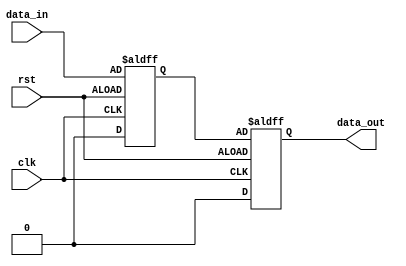
module IO_Buffer (
    input wire clk,
    input wire rst,
    input wire data_in,
    output reg data_out
);

reg buffer;

always @ (posedge clk or negedge rst) begin
    if (rst) begin
        buffer <= 1'b0; // reset buffer
    end else begin
        buffer <= data_in; // store incoming data in buffer
    end
end

always @ (posedge clk or negedge rst) begin
    if (rst) begin
        data_out <= 1'b0; // reset data_out
    end else begin
        data_out <= buffer; // output data from buffer
    end
end

endmodule